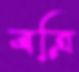
বত্রি